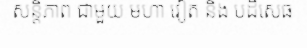
សន្តិភាព ជាមួយ មហា វៀត និង បដិសេធ